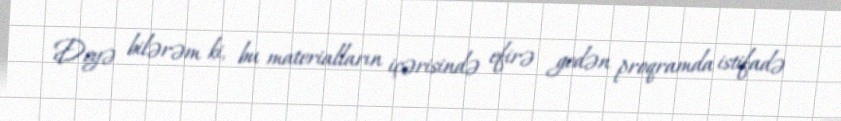
Deyə bilərəm ki, bu materialların içərisində efirə gedən proqramda istifadə